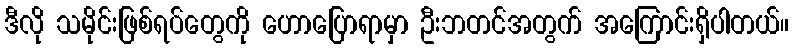
ဒီလို သမိုင်းဖြစ်ရပ်တွေကို ဟောပြောရာမှာ ဦးဘတင်အတွက် အကြောင်းရှိပါတယ်။